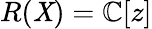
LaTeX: R(\mathit{X})=\mathbb{{C}}[z]